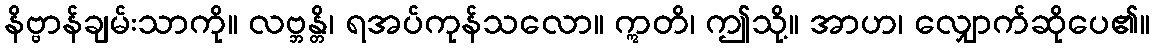
နိဗ္ဗာန်ချမ်းသာကို။ လဗ္ဘန္တိ၊ ရအပ်ကုန်သလော။ ဣတိ၊ ဤသို့။ အာဟ၊ လျှောက်ဆိုပေ၏။